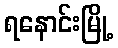
ရနောင်းမြို့